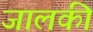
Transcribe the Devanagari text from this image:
जालकी